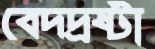
বেদদ্রষ্টা